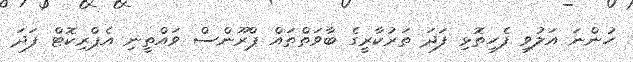
ހުންނަ އަލުވި ފެހިތޮޅި ފަދަ ތަރުކާރީގެ ބާވަތްތައް ޕްރޫންސް ވައްތީނި އެޕްރިކޮޓް ފަދަ